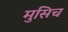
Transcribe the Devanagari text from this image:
मुसिच